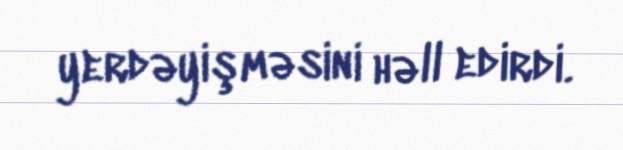
yerdəyişməsini həll edirdi.